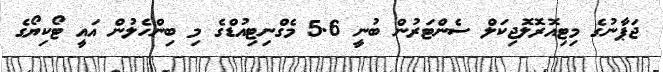
ޖަޕާނުގެ މިޓިއޮރޮލޮޖިކަލް ސެންޓަރުން ބުނީ 5.6 މެގްނިޓިއުޑްގެ މި ބިންހެލުން އައީ ޓޯކިޔޯގެ